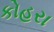
કોહરા